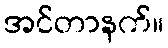
အင်တာနက်။